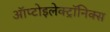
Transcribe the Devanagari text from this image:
ऑप्टोइलेक्ट्रॉनिक्स